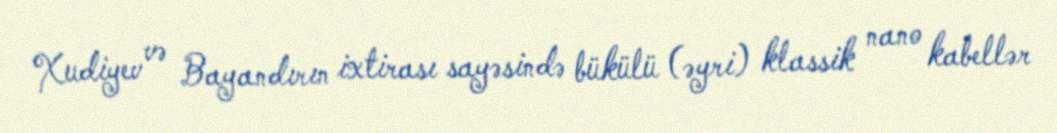
Xudiyev və Bayandırın ixtirası sayəsində bükülü (əyri) klassik nano kabellər